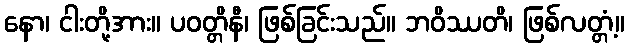
နော၊ ငါးတို့အား။ ပဝတ္တိနီ၊ ဖြစ်ခြင်းသည်။ ဘဝိဿတိ၊ ဖြစ်လတ္တံ့။